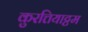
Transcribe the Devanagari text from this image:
कुरत्तियाट्टम